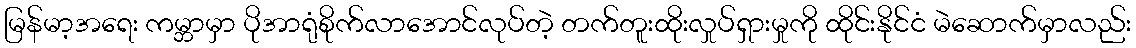
မြန်မာ့အရေး ကမ္ဘာမှာ ပိုအာရုံစိုက်လာအောင်လုပ်တဲ့ တက်တူးထိုးလှုပ်ရှားမှုကို ထိုင်းနိုင်ငံ မဲဆောက်မှာလည်း